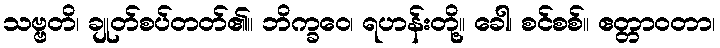
သဗ္ဗတိ၊ ချုတ်စပ်တတ်၏။ ဘိက္ခဝေ၊ ရဟန်းတို့။ ခေါ၊ စင်စစ်။ ဧတ္တာဝတာ၊